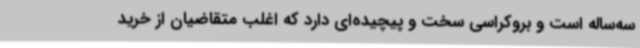
سه‌ساله است و بروکراسی سخت و پیچیده‌ای دارد که اغلب متقاضیان از خرید